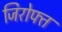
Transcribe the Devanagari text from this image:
जिरोफ्त